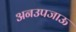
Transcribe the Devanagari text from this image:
अनउपजाऊ